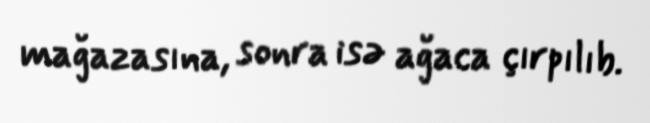
mağazasına, sonra isə ağaca çırpılıb.